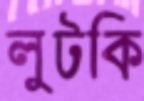
লুটকি